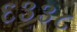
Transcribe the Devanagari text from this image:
६३३८